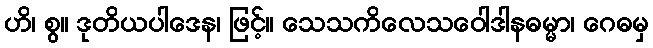
ဟိ၊ စွ။ ဒုတိယပါဒေန၊ ဖြင့်။ သေသကိလေသဝေါဒါနဓမ္မာ၊ ဂေဓမှ